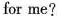
for me?